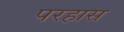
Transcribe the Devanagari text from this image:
परहास